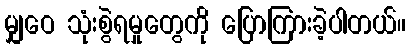
မျှဝေ သုံးစွဲရမှုတွေကို ပြောကြားခဲ့ပါတယ်။